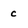
Character: c